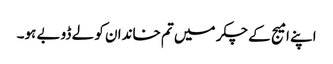
اپنے امیج کے چکر میں تم خاندان کو لے ڈوبے ہو۔